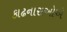
કાઢનારાઓએ